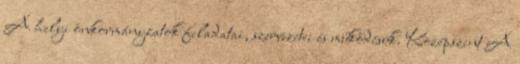
A helyi önkormányzatok feladatai, szervezetei és működésük. Középszint A